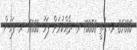
85000 ރ. ގަތީ 70000 ރ. ދެއްކުމަށް ފަހު 15000 ރ. ފަހުން